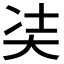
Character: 𭑋